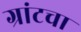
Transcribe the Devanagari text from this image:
ग्रांटचा